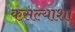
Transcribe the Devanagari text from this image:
कसल्याशा